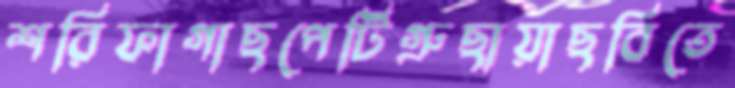
শরিফাগাছপেটিগ্রুছায়াছবিতে